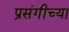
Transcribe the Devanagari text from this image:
प्रसंगीच्या